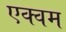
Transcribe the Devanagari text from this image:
एक्वम